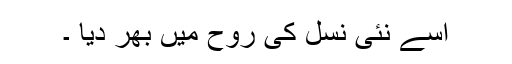
اسے نئی نسل کی روح میں بھر دیا ۔